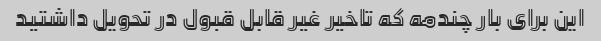
این برای بار چندمه که تاخیر غیر قابل قبول در تحویل داشتید